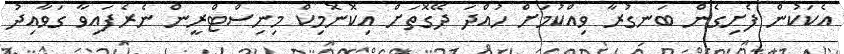
އެކަކުން ފެށިގެން ބަނގުރާ ވިއްކުމަށް ހުއްދަ ދޭގޮތަށް އިކޮނޮމިކް މިނިސްޓްރީން ނެރެފައިވާ ގަވާއިދު